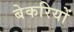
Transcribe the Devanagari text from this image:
बेकरियों